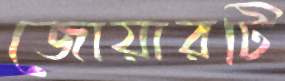
জোয়ারটি